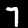
Digit: 7